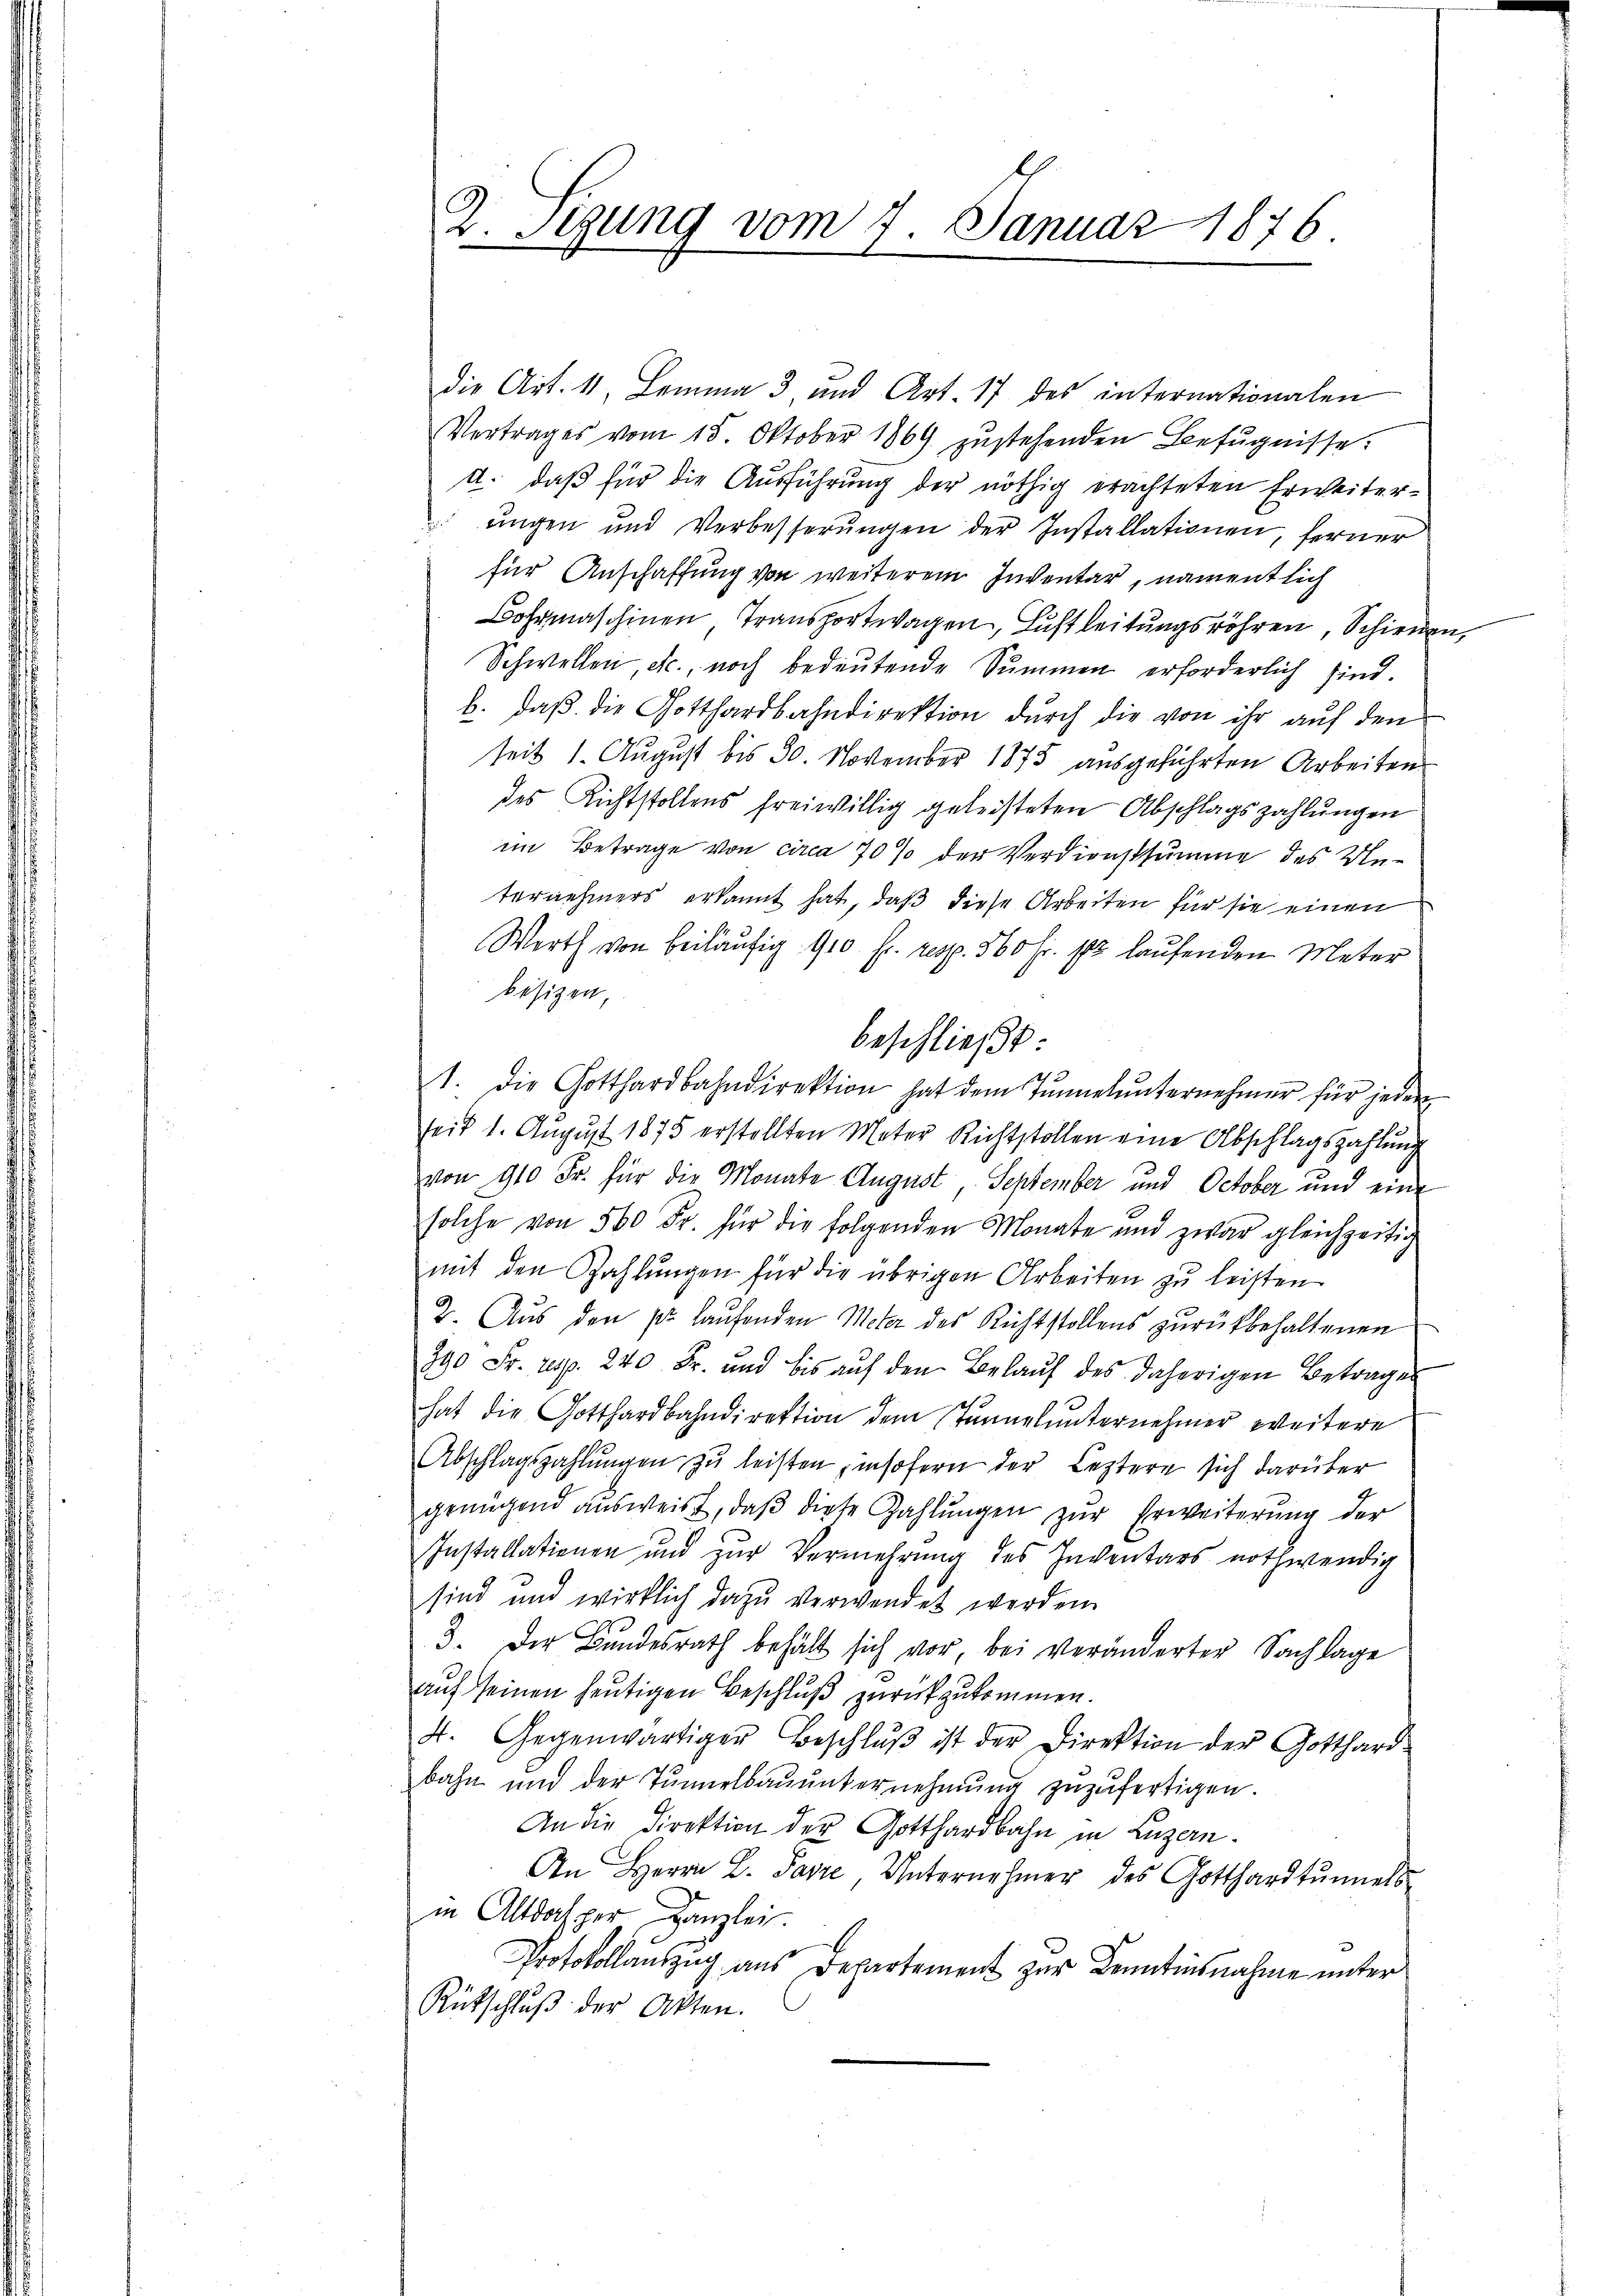
die Art. 11. Lemma 3 und Art. 17 des internationalen
Vertrages vom 15. Oktober 1869 zŭstehenden Befugnisse:
U. daß für die Ausführung der nöthig erachteten Erweiterungen und Verbesserŭngen der Installationen, ferner
für Anschaffung von weiterem Inventar, namentlich
Bohrmaschinen Transportwagen, Luftleitungsröhren, Schienen,
Schwellen, ec., noch bedeutende Summen erforderlich sind.
b. daß die Gotthardbahndirektion durch die von ihr auf den
seit 1. August bis 30. November 1875 ausgeführten Arbeiten
des Richtstollens freiwillig geleisteten Abschlagszahlungen
im Betrage von circa 70 % der Verdienstsumme des Unternehmers erkannt hat, daß diese Arbeiten für sie einen
Werth von beiläufig 900 fr. resp. 560 Fr. pr. laufenden Meter
besizen,
beschließt:
1. die Gotthardbahndirektion hat dem Tŭnnelŭnternehmer für jeden
seit 1. August 1875 erstellten Meter Richtstollen eine Abschlagszahlung
von 910 Fr. für die Monate August, September und October und eine
solche von 500 Fr. für die folgenden Monate und zwar gleichzeitig
mit den Zahlungen für die übrigen Arbeiten zu leisten
2. Aus den pr. laufenden Meter des Richtstollens zurückbehaltenen
390 Fr. resp. 240 Fr. und bis aŭf den Belaŭf des daherigen Betrages
hat die Gotthardbahndirektion dem Tunnel unternehmer weitere
Abschlagszahlŭngen zŭ leisten insofern der Leztere sich darüber
genügend ausweist, daβ diese Zahlŭngen zur Erweiterung der
Installationen und zur Vermehrung des Inventars nothwendig
sind und wirklich dazu verwendet werden.
3. Der Bundesrath behält sich vor, bei veränderter Sachlage
auf seinen heutigen Beschluß zurückzukommen.
4. Gegenwärtiger Beschlŭβ ist der Direktion der Gotthard
bahn und der Tunnelbauunternehmung zuzufertigen.
An die Direktion der Gotthardbahn in Luzern.
An Herrn L. Pasie, Unternehmer des Gotthardtŭnnels-
in Altdasper Kanzlei.
Protokollauszug aus Departement zur Kenntinsnahme unter
Rütschlŭβ der Akten.

2. Sezung vom 7. Januar 1876.